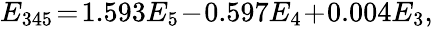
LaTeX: \begin{array}{r}{E_{345}\! =\! 1.593E_{5}\! -\! 0.597E_{4}\! +\! 0.004E_{3},}\end{array}